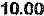
10.00